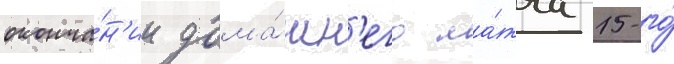
оконча́н'ии дома́шн'его ма́тча 15-го́